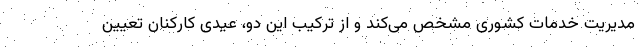
مدیریت خدمات کشوری مشخص می‌کند و از ترکیب این دو، عیدی کارکنان تعیین